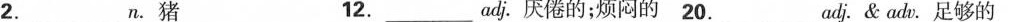
2.___n.猪 12.___adj.厌倦的；烦闷的 20.__adj.&adv.足够的